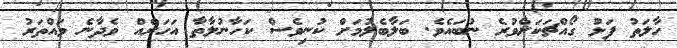
ހާލަތު ފަޅު ގޯއްޗަކަށްވުރެ ނުބައެވެ. ބަލާބެލުމަށް ކުނިވެސް ކަހާނުލާތާ އަހަރެއް ވެދާނެ ވައްތަރު